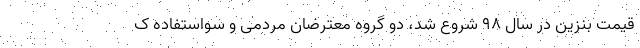
قیمت بنزین در سال ۹۸ شروع شد، دو گروه معترضان مردمی و سواستفاده ک